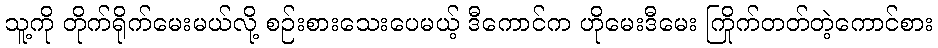
သူ့ကို တိုက်ရိုက်မေးမယ်လို့ စဉ်းစားသေးပေမယ့် ဒီကောင်က ဟိုမေးဒီမေး ကြိုက်တတ်တဲ့ကောင်စား